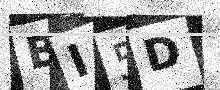
Text: BI5D